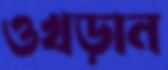
ওখড়ান